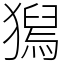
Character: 𤡯